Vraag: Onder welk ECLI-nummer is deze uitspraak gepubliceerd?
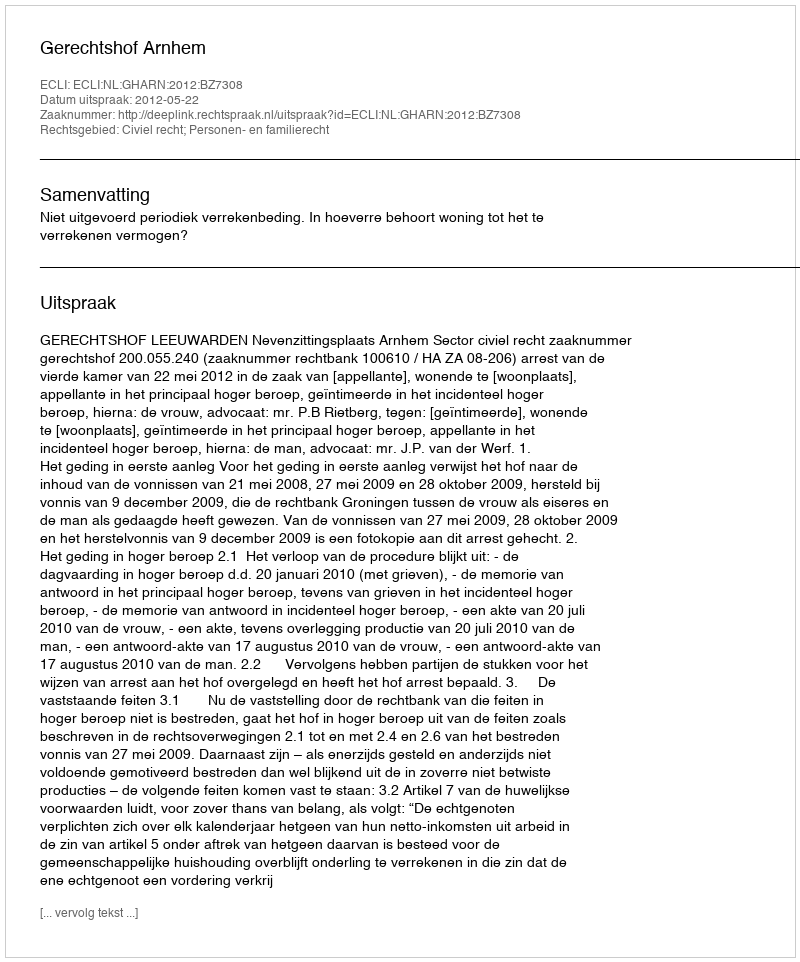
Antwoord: ECLI:NL:GHARN:2012:BZ7308